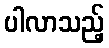
ပါလာသည့်